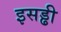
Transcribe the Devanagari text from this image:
इसड्ढी